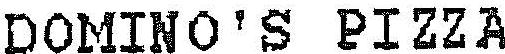
DOMINO'S PIZZA